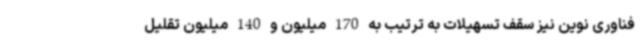
فناوری نوین نیز سقف تسهیلات به ترتیب به 170 میلیون و 140 میلیون تقلیل